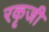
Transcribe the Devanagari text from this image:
रकृजी